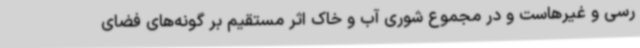
رسی و غیرهاست و در مجموع شوری آب و خاک اثر مستقیم بر گونه‌های فضای